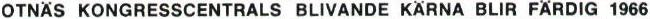
OTNÄS KONGRESSCENTRALS BLIVANDE KÄRNA BLIR FÄRDIG 1966